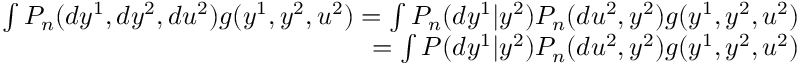
\begin{array} { r l r } & { } & { \int P _ { n } ( d y ^ { 1 } , d y ^ { 2 } , d u ^ { 2 } ) g ( y ^ { 1 } , y ^ { 2 } , u ^ { 2 } ) = \int P _ { n } ( d y ^ { 1 } | y ^ { 2 } ) P _ { n } ( d u ^ { 2 } , y ^ { 2 } ) g ( y ^ { 1 } , y ^ { 2 } , u ^ { 2 } ) } \\ & { } & { = \int P ( d y ^ { 1 } | y ^ { 2 } ) P _ { n } ( d u ^ { 2 } , y ^ { 2 } ) g ( y ^ { 1 } , y ^ { 2 } , u ^ { 2 } ) } \end{array}